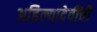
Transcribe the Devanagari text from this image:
अहिल्यादेवींची